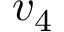
v _ { 4 }